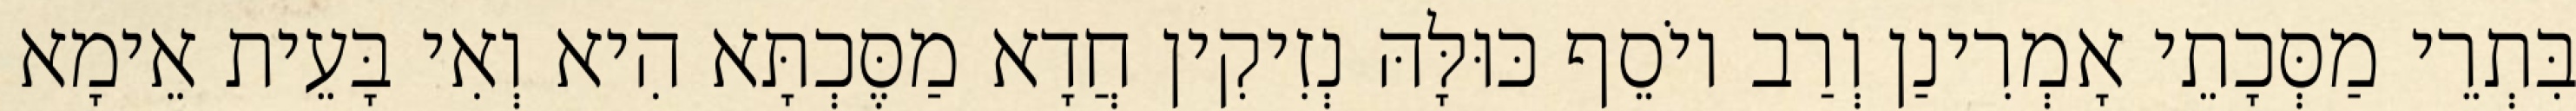
בִּתְרֵי מַסְּכָתֵי אָמְרִינַן וְרַב יוֹסֵף כּוּלָּהּ נְזִיקִין חֲדָא מַסֶּכְתָּא הִיא וְאִי בָּעֵית אֵימָא